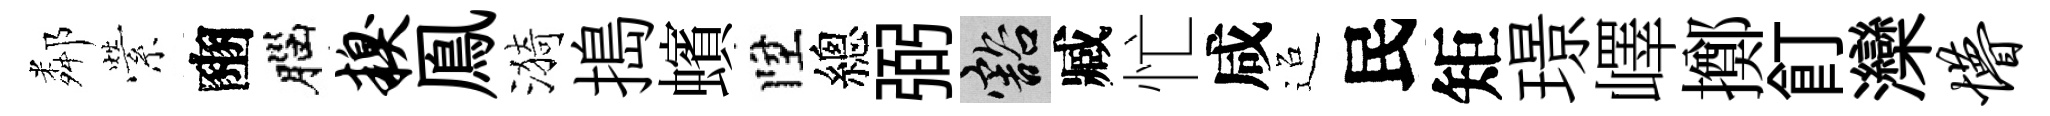
鄰縈豳腦糗鳯漪搗蠙陞總弼豁臧忙咸迢民矩璟嶧擲飣灤懵